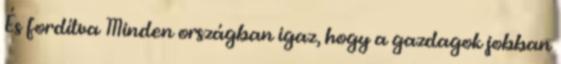
És fordítva Minden országban igaz, hogy a gazdagok jobban